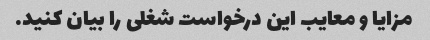
مزایا و معایب این درخواست شغلی را بیان کنید.